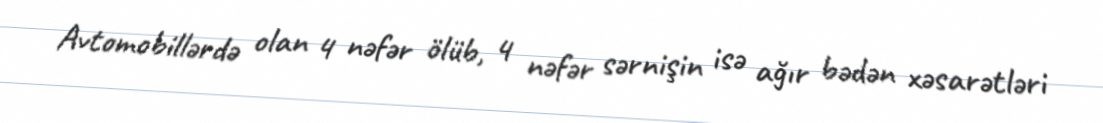
Avtomobillərdə olan 4 nəfər ölüb, 4 nəfər sərnişin isə ağır bədən xəsarətləri